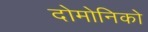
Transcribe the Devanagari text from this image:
दोमोनिको